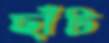
ছাঁট